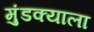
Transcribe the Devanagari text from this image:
मुंडक्याला